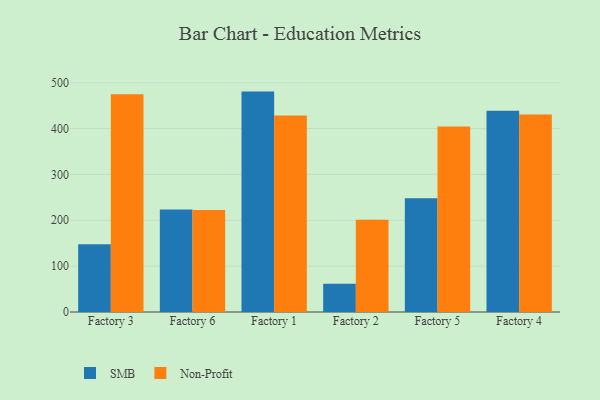
{"axis": {"x": "Factory", "y": "LTV (USD)"}, "legend": ["Non-Profit", "SMB"], "data": [{"x": "Factory 3", "y": 147.6, "type": "SMB"}, {"x": "Factory 3", "y": 474.8, "type": "Non-Profit"}, {"x": "Factory 6", "y": 223.2, "type": "SMB"}, {"x": "Factory 6", "y": 222.4, "type": "Non-Profit"}, {"x": "Factory 1", "y": 480.4, "type": "SMB"}, {"x": "Factory 1", "y": 428.2, "type": "Non-Profit"}, {"x": "Factory 2", "y": 61.8, "type": "SMB"}, {"x": "Factory 2", "y": 201.1, "type": "Non-Profit"}, {"x": "Factory 5", "y": 248.2, "type": "SMB"}, {"x": "Factory 5", "y": 404.5, "type": "Non-Profit"}, {"x": "Factory 4", "y": 438.7, "type": "SMB"}, {"x": "Factory 4", "y": 430.6, "type": "Non-Profit"}]}